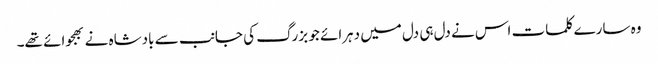
وہ سارے کلمات اس نے دل ہی دل میں دہرائے جو بزرگ کی جانب سے بادشاہ نے بھجوائے تھے۔